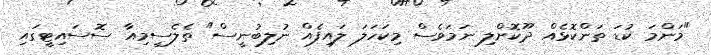
"މަންމަ ކުޑަ ތަންކޮޅެއް ދޫކޮށްލި ނަމަވެސް މިކަހަލަ ލައިފެއް ނުލިބުނީސް" ތެލެސީމިއާ ސޮސައިޓީގައި